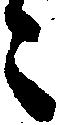
々